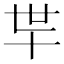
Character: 𰅲